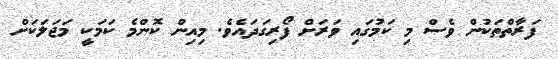
ފަރާތްތަކުން ވެސް މި ކަމުގައި ވަރަށް ފޯރިގަދައެވެ. މިއިން ކޮންމެ ކަމަކީ މަޖަލަކަށް